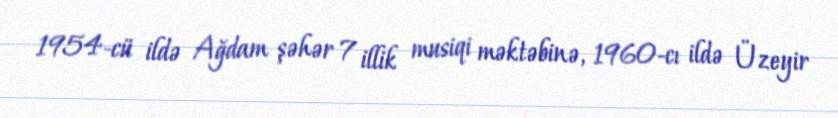
1954-cü ildə Ağdam şəhər 7 illik musiqi məktəbinə, 1960-cı ildə Üzeyir